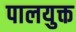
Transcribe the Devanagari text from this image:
पालयुक्त